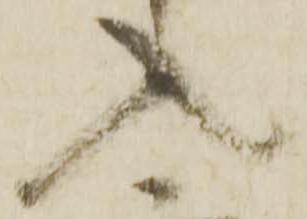
入